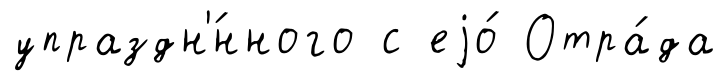
упраздн'́нного с еjо́ Отра́да